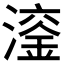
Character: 𪷙